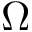
\Omega